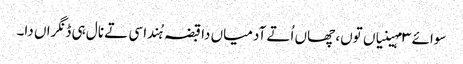
سوائے ٣ مہینیاں توں، چھاں اُتے آدمیاں دا قبضہ ہُندا سی تے نال ہی ڈنگراں دا۔